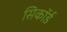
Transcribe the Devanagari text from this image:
सिकॉर्ड